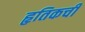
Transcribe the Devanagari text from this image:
हृतिकची